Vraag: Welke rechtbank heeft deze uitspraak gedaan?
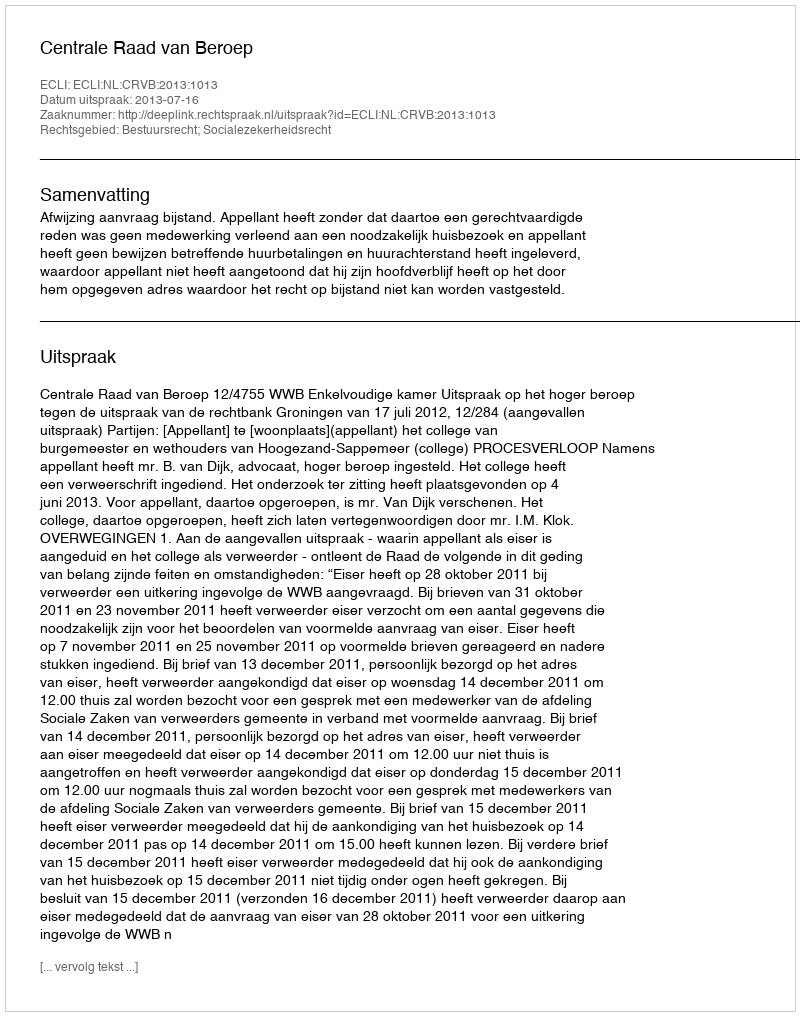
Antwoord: Centrale Raad van Beroep